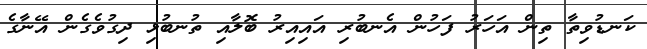
ކަނޑުވިތާ ތިން އަހަރު ފަހުން އެނބުރި އައިއިރު ބޮލާއި ތުނބުޅި ދިގުވެގެން އޭނާގެ